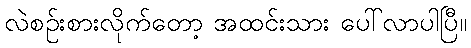
လဲစဉ်းစားလိုက်တော့ အထင်းသား ပေါ်လာပါပြီ။